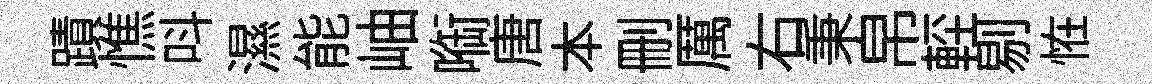
蹟憔呌濕能岫㗸唐本删厲右秉帛䡖剔恠